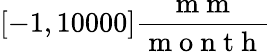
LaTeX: [-1,10000]\frac{\mathrm{~m~m~}}{\mathrm{~m~o~n~t~h~}}